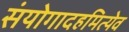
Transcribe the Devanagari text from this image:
संयोगादहमित्येव